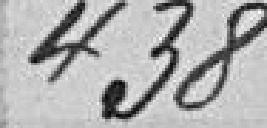
438